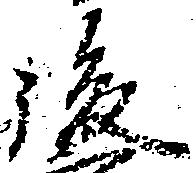
後